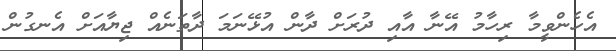
އެހެންވީމާ ރިހާމު އޭނާ އާއި ދުރަށް ދާން އުޅޭނަމަ ދާތަނެއް ޖިޔާއަށް އެނގުން